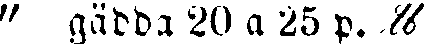
" gädda 20 a 25 p. ℔